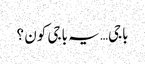
باجی… یہ باجی کون ؟